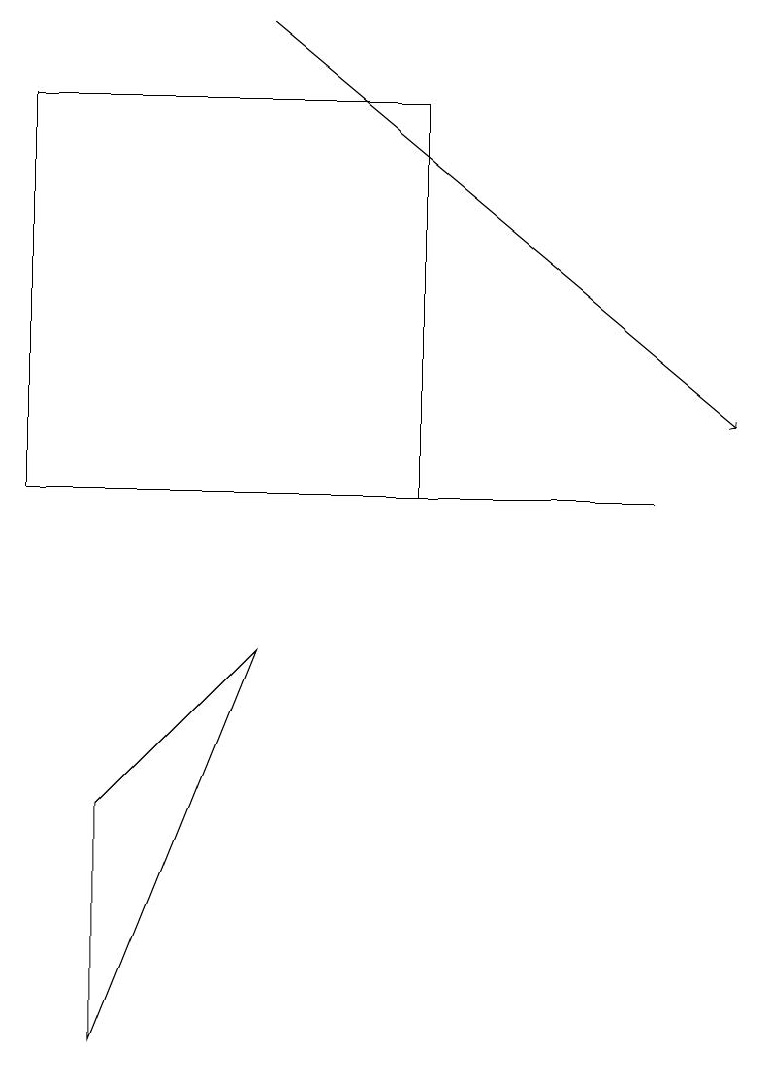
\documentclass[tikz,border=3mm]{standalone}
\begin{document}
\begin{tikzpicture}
\draw (1,7) -- (1,4) -- (3,9) -- cycle;
\draw (0,16) rectangle (5,11);
\draw[->] (3,17) -- (9,12);
\draw (3,11) rectangle (8,11);
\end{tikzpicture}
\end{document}